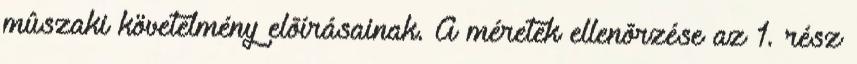
mûszaki követelmény elõírásainak. A méretek ellenõrzése az 1. rész